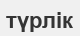
түрлік